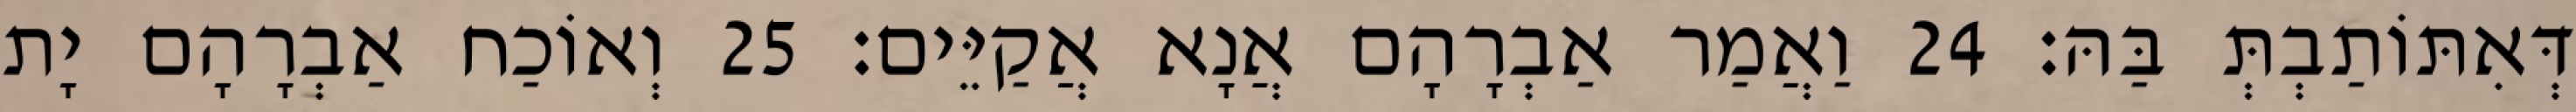
דְּאִתּוֹתַבְתְּ בַּהּ׃ 24 וַאֲמַר אַבְרָהָם אֲנָא אֲקַיֵּים׃ 25 וְאוֹכַח אַבְרָהָם יָת